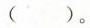
( )。